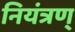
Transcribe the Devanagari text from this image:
नियंत्रण्‌